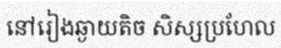
នៅរៀងឆ្ងាយតិច សិស្សប្រហែល